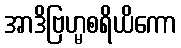
အာဒိဗြဟ္မစရိယိကော